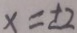
x = \pm 2